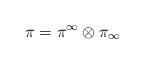
LaTeX: \begin{align*}\pi = \pi^\infty \otimes \pi_\infty\end{align*}